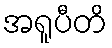
အရူပီတိ